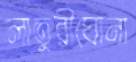
লাতুরীঘোনা